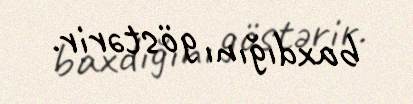
baxdığını göstərir.